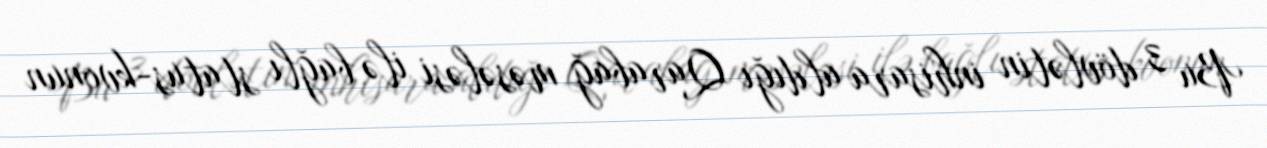
Bu 3 dövlətin inhisara aldığı Qarabağ məsələsi ilə bağlı status-kvonun